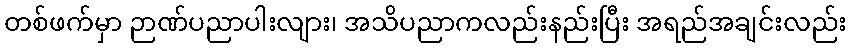
တစ်ဖက်မှာ ဉာဏ်ပညာပါးလျား၊ အသိပညာကလည်းနည်းပြီး အရည်အချင်းလည်း